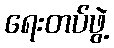
ရေးတပ်ဖွဲ့